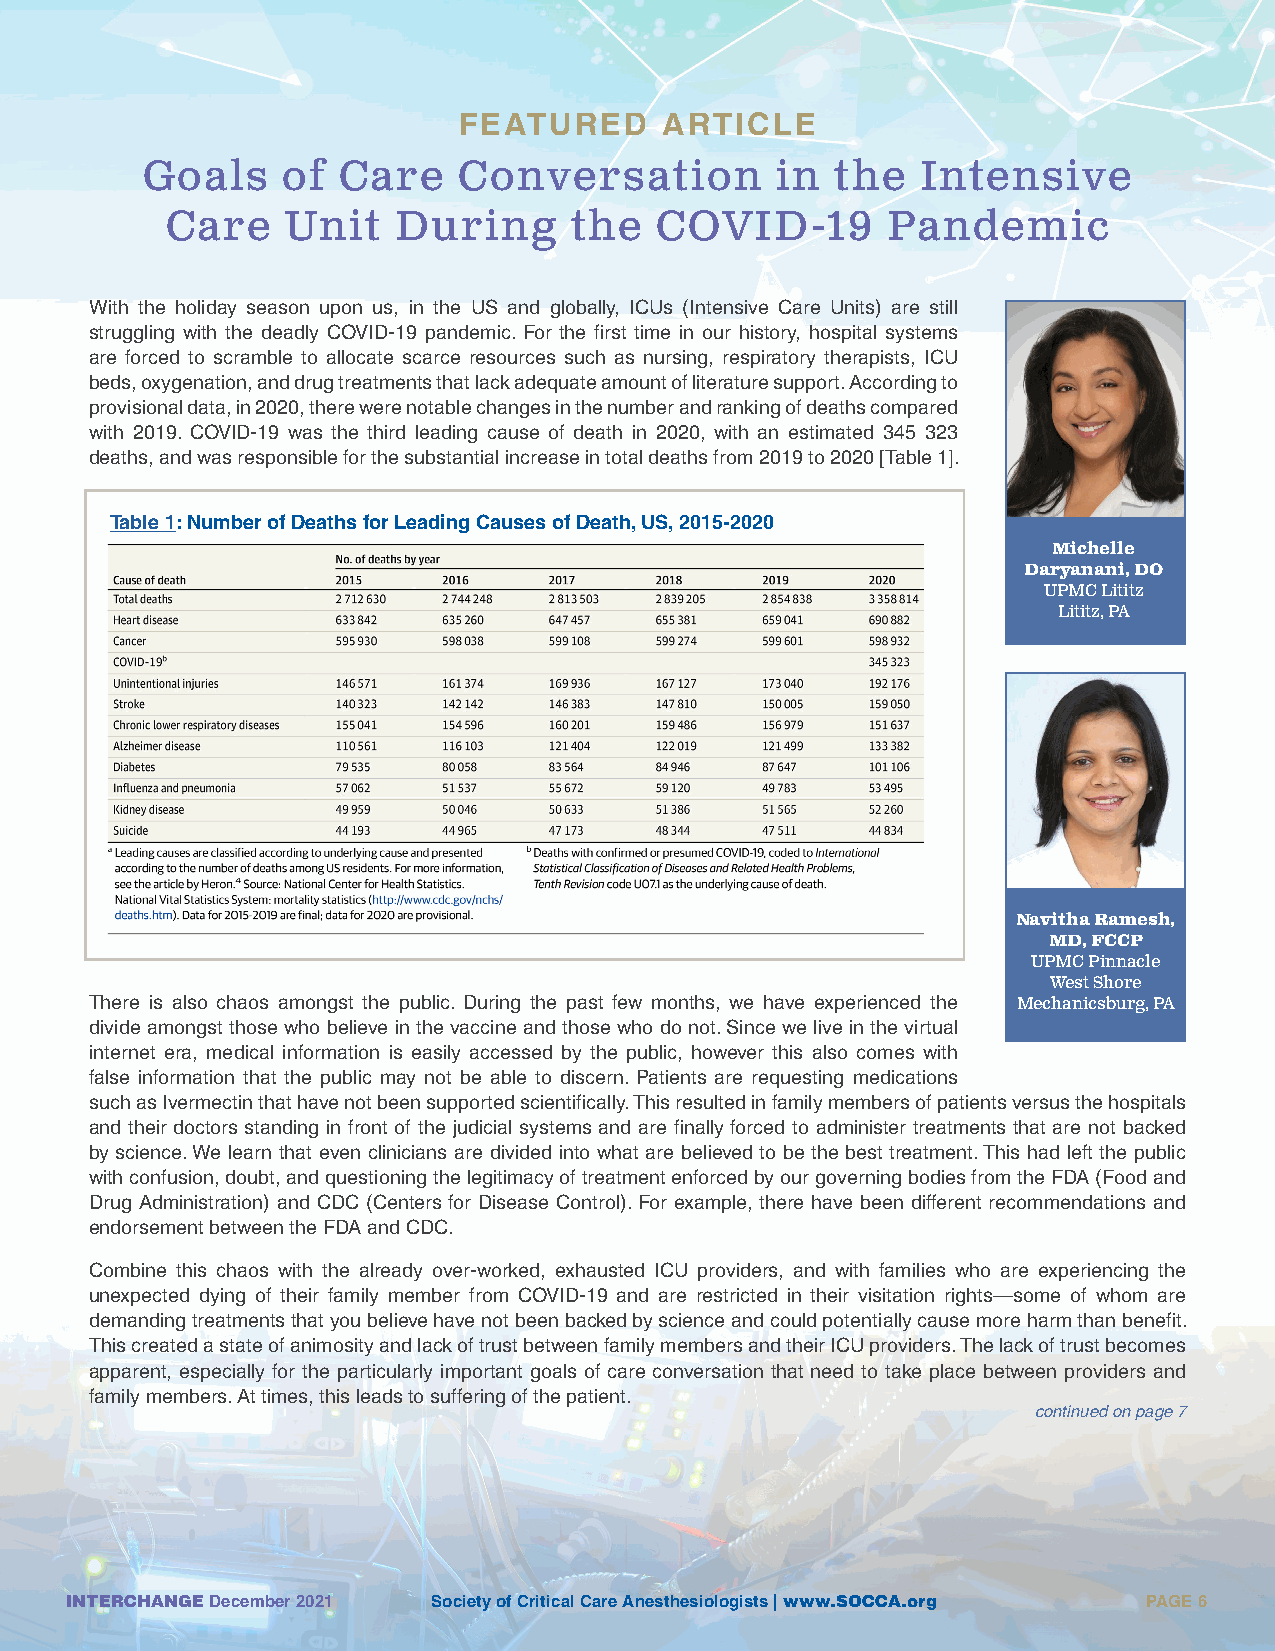
FEATURED      ARTICLE
 Goals     of Care    Conversation         in  the   Intensive
 Care    Unit   During      the  COVID-19        Pandemic
 With the holiday season upon us, in the US and globally, ICUs (Intensive Care Units) are still
 struggling with the deadly COVID-19 pandemic. For the first time in our history, hospital systems
 are forced to scramble to allocate scarce resources such as nursing, respiratory therapists, ICU
 beds, oxygenation, and drug treatments that lack adequate amount of literature support. According to
 provisional data, in 2020, there were notable changes in the number and ranking of deaths compared
 with 2019. COVID-19 was the third leading cause of death in 2020, with an estimated 345 323
 deaths, and was responsible for the substantial increase in total deaths from 2019 to 2020 [Table 1].
 Table 1: Number of Deaths for Leading Causes of Death, US, 2015-2020
 Michelle
 Daryanani, DO
 UPMC Lititz
 Lititz, PA
 Navitha Ramesh,
 MD, FCCP
 UPMC Pinnacle
 West Shore
 There is also chaos amongst the public. During the past few months, we have experienced the Mechanicsburg, PA
 divide amongst those who believe in the vaccine and those who do not. Since we live in the virtual
 internet era, medical information is easily accessed by the public, however this also comes with
 false information that the public may not be able to discern. Patients are requesting medications
 such as Ivermectin that have not been supported scientifically. This resulted in family members of patients versus the hospitals
 and their doctors standing in front of the judicial systems and are finally forced to administer treatments that are not backed
 by science. We learn that even clinicians are divided into what are believed to be the best treatment. This had left the public
 with confusion, doubt, and questioning the legitimacy of treatment enforced by our governing bodies from the FDA (Food and
 Drug Administration) and CDC (Centers for Disease Control). For example, there have been different recommendations and
 endorsement between the FDA and CDC.
 Combine this chaos with the already over-worked, exhausted ICU providers, and with families who are experiencing the
 unexpected dying of their family member from COVID-19 and are restricted in their visitation rights—some of whom are
 demanding treatments that you believe have not been backed by science and could potentially cause more harm than benefit.
 This created a state of animosity and lack of trust between family members and their ICU providers. The lack of trust becomes
 apparent, especially for the particularly important goals of care conversation that need to take place between providers and
 family members. At times, this leads to suffering of the patient.
 continued on page 7
 INTERCHANGE December 2021 Society of Critical Care Anesthesiologists | www.SOCCA.org PAGE 6